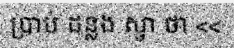
ប្រាប់ ដន្លង ស្វា ថា <<